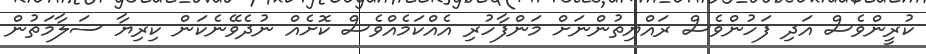
ކުރީންވެސް އަދި ފަހުންވެސް ރައްޔިތުންނަށް މަންފާހުރި އެއްކަމެއްވެސް ކޮށެއް ނުދެވޭނެކަން ކިރިޔާ ސަލާމަތުން